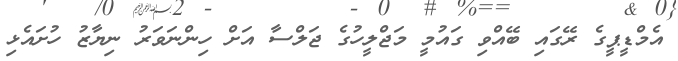
އެމްޑީޕީގެ ރޭގައި ބޭއްވި ގައުމީ މަޖްލީހުގެ ޖަލްސާ އަށް ހިންނަވަރު ނިޔާޒު ހުށައެޅި